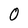
Character: 0